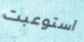
استوعبت